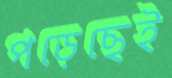
পড়েছেই